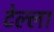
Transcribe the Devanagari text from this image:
टेल्ला